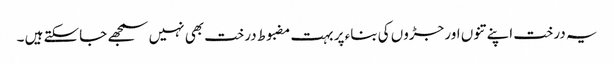
یہ درخت اپنے تنوں اور جڑوں کی بناء پر بہت مضبوط درخت بھی نہیں سمجھے جاسکتے ہیں ۔